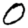
Digit: 0